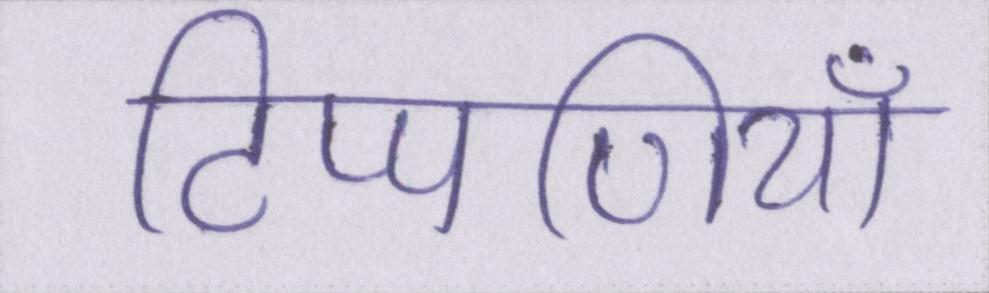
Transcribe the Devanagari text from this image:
टिप्पणियाँ